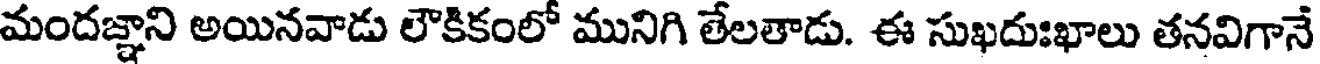
మందజ్ఞాని అయినవాడు లౌకికంలో మునిగి తేలతాడు. ఈ సుఖదుఃఖాలు తనవిగానే